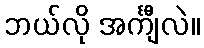
ဘယ်လို အင်္ကျီလဲ။